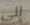
إلى